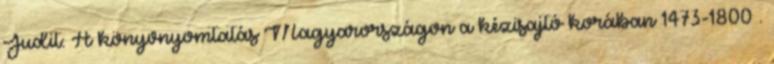
Judit: A könyvnyomtatás Magyarországon a kézisajtó korában 1473-1800 .